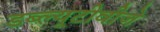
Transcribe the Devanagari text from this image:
डब्ल्यूटीवीजे